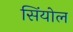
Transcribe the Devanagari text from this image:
सिंयोल